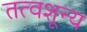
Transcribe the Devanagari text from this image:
तत्वशून्य